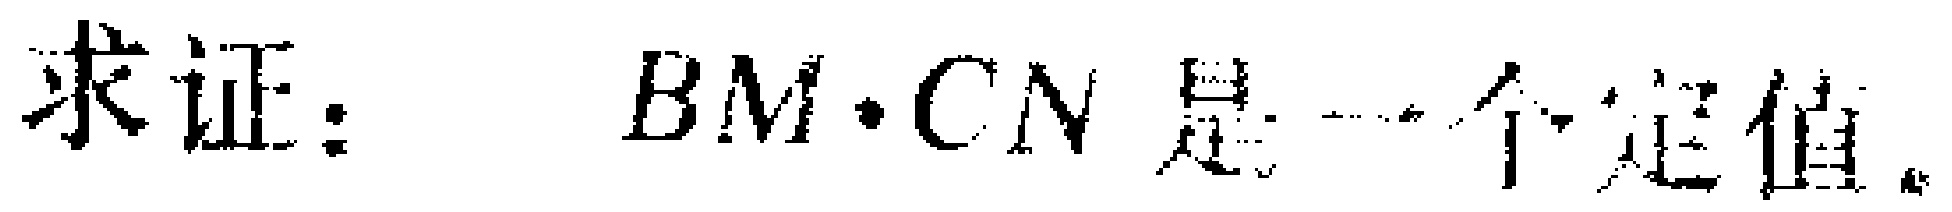
求证：$BM\cdot CN$是一个定值。